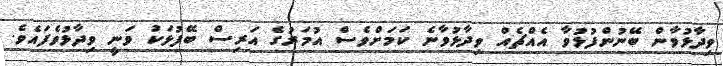
ވިދާޅުވާން ބޭނުންފުޅުވާ އެއްޗެއް ވިދާޅުވާނެ ކަމަށްވެސް އުމަރުގެ އަރިސް ބޭފުޅަކު ވަނީ ވިދާޅުވެފައެވެ.